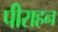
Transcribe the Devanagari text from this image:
पीराहन